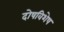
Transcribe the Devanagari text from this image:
दोषविशेष